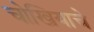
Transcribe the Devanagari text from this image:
चोखियाचे